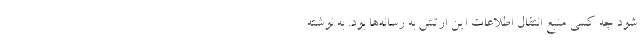
شود چه کسی منبع انتقال اطلاعات این ارتش به رسانه‌ها بود. به نوشته